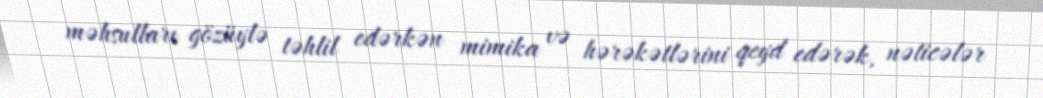
məhsulları gözüylə təhlil edərkən mimika və hərəkətlərini qeyd edərək, nəticələr